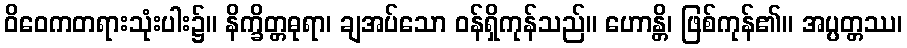
ဝိဝေကတရားသုံးပါး၌။ နိက္ခိတ္တဓုရာ၊ ချအပ်သော ဝန်ရှိကုန်သည်။ ဟောန္တိ၊ ဖြစ်ကုန်၏။ အပ္ပတ္တဿ၊